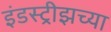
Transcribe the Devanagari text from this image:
इंडस्ट्रीझच्या